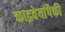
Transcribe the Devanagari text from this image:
काद्रवेयांपैकी